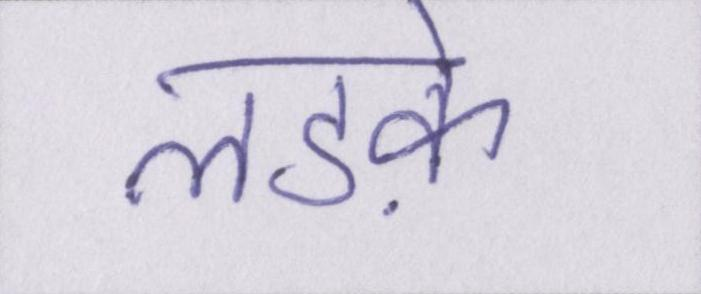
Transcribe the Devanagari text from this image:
लडक़े